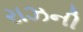
રાઝની